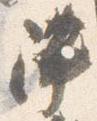
陣